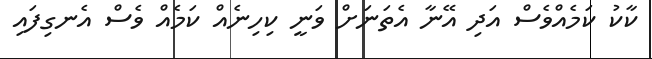
ކާކު ކަމެއްވެސް އަދި އޭނާ އެތަނަށް ވަނީ ކިހިނެއް ކަމެއް ވެސް އެނގިފައި